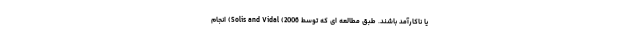
یا ناکارآمد باشند. طبق مطالعه ای که توسط Solis and Vidal (2006) انجام